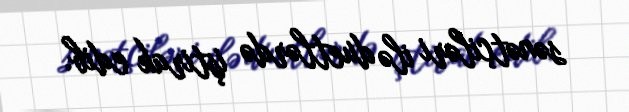
sənətçiləri ilə duetlərdə iştirak edib.